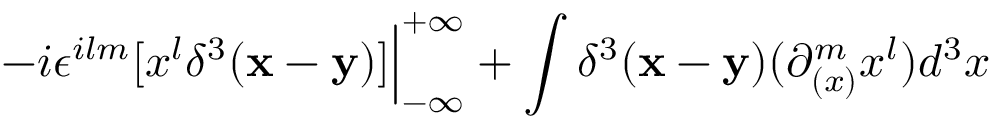
- i \epsilon ^ { i l m } [ x ^ { l } \delta ^ { 3 } ( { \bf x - y } ) ] { \Big \vert } _ { - \infty } ^ { + \infty } + \int \delta ^ { 3 } ( { \bf x - y } ) ( \partial _ { ( x ) } ^ { m } x ^ { l } ) d ^ { 3 } x